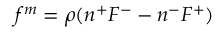
f ^ { m } = \rho ( n ^ { + } F ^ { - } - n ^ { - } F ^ { + } )